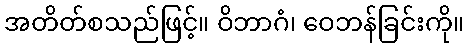
အတိတ်စသည်ဖြင့်။ ဝိဘာဂံ၊ ဝေဘန်ခြင်းကို။